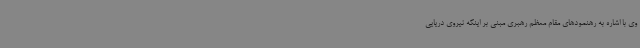
وی با اشاره به رهنمودهای مقام معظم رهبری مبنی بر اینکه نیروی دریایی